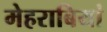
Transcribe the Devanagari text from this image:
मेहराबियां